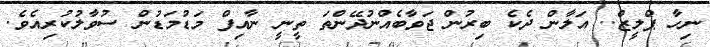
ނިހާ ޕްލީޒް.. އަލާން ދެކެ ބިރުން ޖަވާބެއްނުދޭންތަ ތީނީ ނާއިފް މަޑުމަޑުން ސުވާލުކުރިއެވެ.